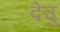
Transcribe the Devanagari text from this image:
देउु